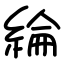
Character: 綸